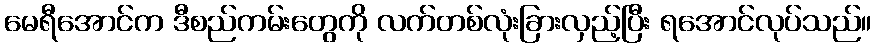
မေရီအောင်က ဒီစည်ကမ်းတွေကို လက်တစ်လုံးခြားလှည့်ပြီး ရအောင်လုပ်သည်။